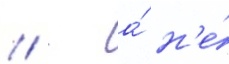
// - а́ н'е́